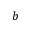
b